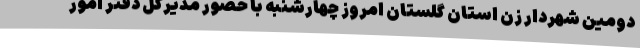
دومین شهردار زن استان گلستان امروز چهارشنبه با حضور مدیرکل دفتر امور